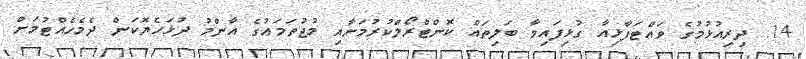
14. ދިރިއުޅުމުގެ ވައްޓަފާޅިއާ ގުޅިފައިވާ ބަލިތައް ކޮންޓްރޯލްކުރުމަށާއި މުޖުތަމަޢުގެ އާންމު ދުޅަހެޔޮކަން ދެމެހެއްޓުމަށް